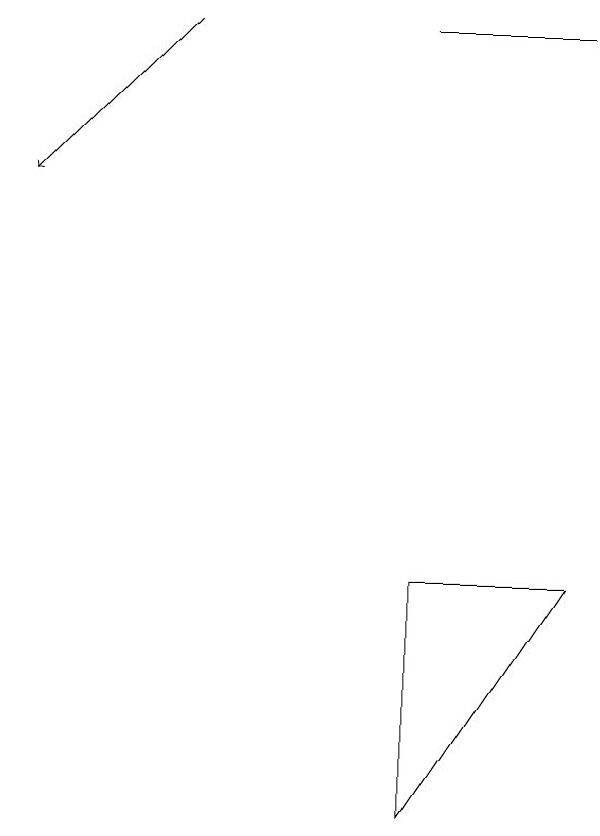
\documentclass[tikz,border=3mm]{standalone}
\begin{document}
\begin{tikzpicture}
\draw[->] (4,14) -- (2,12);
\draw (7,14) rectangle (9,14);
\draw (9,7) -- (7,4) -- (7,7) -- cycle;
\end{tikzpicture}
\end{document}